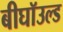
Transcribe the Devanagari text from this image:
बीघॉउल्ड